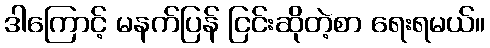
ဒါကြောင့် မနက်ပြန် ငြင်းဆိုတဲ့စာ ရေးရမယ်။